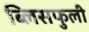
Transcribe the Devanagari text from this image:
ब्लिसफुली